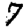
Digit: 7